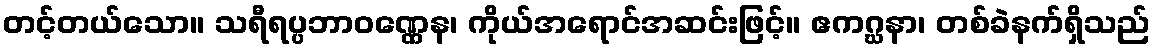
တင့်တယ်သော။ သရီရပ္ပဘာဝဏ္ဏေန၊ ကိုယ်အရောင်အဆင်းဖြင့်။ ဧကဂ္ဃနာ၊ တစ်ခဲနက်ရှိသည်